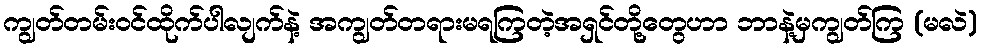
ကျွတ်တမ်းဝင်ထိုက်ပါလျက်နဲ့ အကျွတ်တရားမရကြတဲ့အရှင်တို့တွေဟာ ဘာနဲ့မှကျွတ်ကြ (မလဲ)